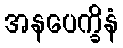
အနပေက္ခိနံ